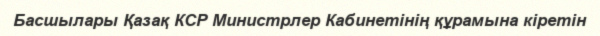
Басшылары Қазақ КСР Министрлер Кабинетінің құрамына кіретін